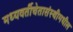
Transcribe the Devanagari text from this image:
मध्यवर्तीचेतासंस्थीमधील